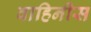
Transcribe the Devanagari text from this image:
वाहिनीस